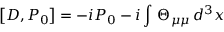
\left[ D , P _ { 0 } \right] = - i P _ { 0 } - i \int \, \Theta _ { \mu \mu } \, d ^ { 3 } x